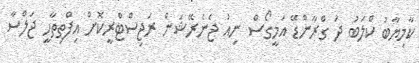
ކާމިޔާބު ކްލަބު ދަ ގްރާންޑޭ އަމީގޯސް ނިއު ޖެނެރޭޝަން ރަޖިސްޓްރީކޮށް އިފްތިތާހީ ޖަލްސާ